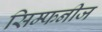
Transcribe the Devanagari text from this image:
सिम्फनीज